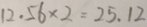
1 2 \cdot 5 6 \times 2 = 2 5 . 1 2